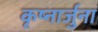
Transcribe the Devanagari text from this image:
कृष्नार्जुना